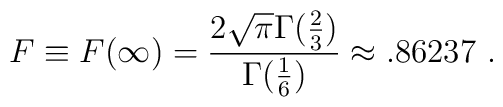
F\equiv F(\infty)= \frac{2\sqrt \pi\Gamma(\frac{2}{3})}{\Gamma (\frac{1}{6})}\approx .86237\ .